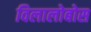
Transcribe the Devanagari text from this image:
विलालोबोस